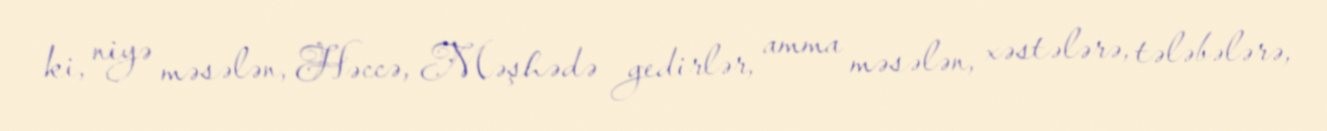
ki, niyə məsələn, Həccə, Məşhədə gedirlər, amma məsələn, xəstələrə, tələbələrə,